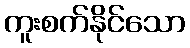
ကူးစက်နိုင်သော